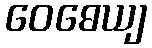
ဝေဓေယျ